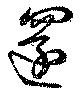
還